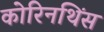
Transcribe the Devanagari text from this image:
कोरिनथिंस